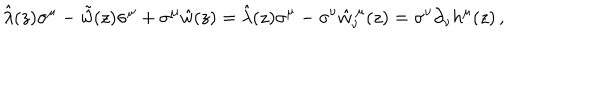
\hat { \lambda } ( z ) \sigma ^ { \mu } - \tilde { \hat { w } } ( z ) \sigma ^ { \mu } + \sigma ^ { \mu } \hat { w } ( z ) = \hat { \lambda } ( z ) \sigma ^ { \mu } - \sigma ^ { \nu } \hat { w } _ { \nu } ^ { ~ \mu } ( z ) = \sigma ^ { \nu } \partial _ { \nu } h ^ { \mu } ( z ) \, ,